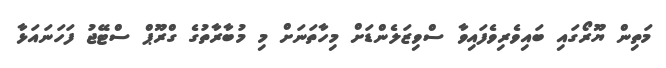
މަތިން ޔޫރޯގައި ބައިވެރިވެފައިވާ ސްވިޒަލެންޑަށް މިހާތަނަށް މި މުބާރާތުގެ ގްރޫޕް ސްޓޭޖު ފަހަނައަޅާ